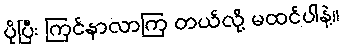
ပိုပြီး ကြင်နာလာကြ တယ်လို့ မထင်ပါနဲ့။